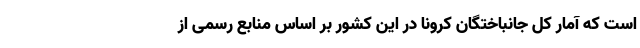
است که آمار کل جانباختگان کرونا در این کشور بر اساس منابع رسمی از